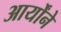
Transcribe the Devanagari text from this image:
आर्योंने